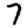
Digit: 7